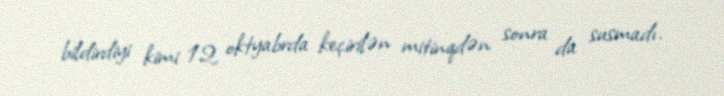
bildirdiyi kimi 12 oktyabrda keçirilən mitinqdən sonra da susmadı.